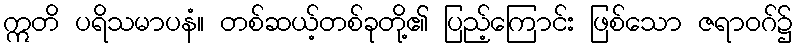
ဣတိ ပရိသမာပနံ။ တစ်ဆယ့်တစ်ခုတို့၏ ပြည့်ကြောင်း ဖြစ်သော ဇရာဝဂ်၌